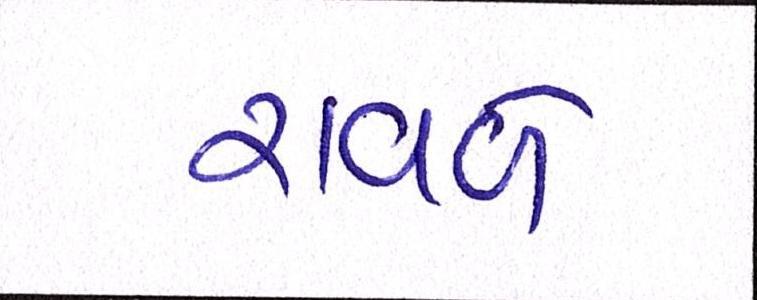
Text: રાવળે